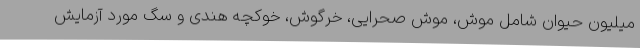
میلیون حیوان شامل موش، موش صحرایی، خرگوش، خوکچه هندی و سگ مورد آزمایش